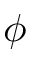
\phi